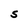
Character: S